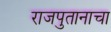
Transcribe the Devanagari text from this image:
राजपुतानाचा